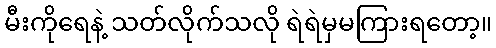
မီးကိုရေနဲ့ သတ်လိုက်သလို ရဲရဲမှမကြားရတော့။